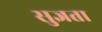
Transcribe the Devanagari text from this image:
सुज्ञता